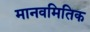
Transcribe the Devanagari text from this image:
मानवमितिक